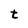
Character: t